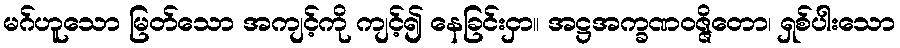
မဂ်ဟူသော မြတ်သော အကျင့်ကို ကျင့်၍ နေခြင်းငှာ။ အဋ္ဌအက္ခဏဝဇ္ဇိတော၊ ရှစ်ပါးသော